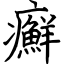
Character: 癬